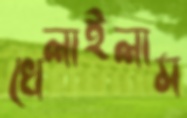
খেলাইলাম